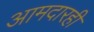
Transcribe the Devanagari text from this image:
आमदारही